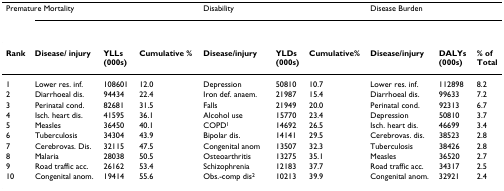
<table><thead><tr><td colspan="4"><b>Premature Mortality</b></td><td colspan="3"><b>Disability</b></td><td colspan="3"><b>Disease Burden</b></td></tr></thead><tbody><tr><td><b>Rank</b></td><td><b>Disease/ injury</b></td><td><b>YLLs (000s)</b></td><td><b>Cumulative %</b></td><td><b>Disease/injury</b></td><td><b>YLDs (000s)</b></td><td><b>Cumulative%</b></td><td><b>Disease/injury</b></td><td><b>DALYs (000s)</b></td><td><b>% of Total</b></td></tr><tr><td>1</td><td>Lower res. inf.</td><td>108601</td><td>12.0</td><td>Depression</td><td>50810</td><td>10.7</td><td>Lower res. inf.</td><td>112898</td><td>8.2</td></tr><tr><td>2</td><td>Diarrhoeal dis.</td><td>94434</td><td>22.4</td><td>Iron def. anaem.</td><td>21987</td><td>15.4</td><td>Diarrhoeal dis.</td><td>99633</td><td>7.2</td></tr><tr><td>3</td><td>Perinatal cond.</td><td>82681</td><td>31.5</td><td>Falls</td><td>21949</td><td>20.0</td><td>Perinatal cond.</td><td>92313</td><td>6.7</td></tr><tr><td>4</td><td>Isch. heart dis.</td><td>41595</td><td>36.1</td><td>Alcohol use</td><td>15770</td><td>23.4</td><td>Depression</td><td>50810</td><td>3.7</td></tr><tr><td>5</td><td>Measles</td><td>36450</td><td>40.1</td><td>COPD<sup>1</sup></td><td>14692</td><td>26.5</td><td>Isch. heart dis.</td><td>46699</td><td>3.4</td></tr><tr><td>6</td><td>Tuberculosis</td><td>34304</td><td>43.9</td><td>Bipolar dis.</td><td>14141</td><td>29.5</td><td>Cerebrovas. dis.</td><td>38523</td><td>2.8</td></tr><tr><td>7</td><td>Cerebrovas. Dis.</td><td>32115</td><td>47.5</td><td>Congenital anom</td><td>13507</td><td>32.3</td><td>Tuberculosis</td><td>38426</td><td>2.8</td></tr><tr><td>8</td><td>Malaria</td><td>28038</td><td>50.5</td><td>Osteoarthritis</td><td>13275</td><td>35.1</td><td>Measles</td><td>36520</td><td>2.7</td></tr><tr><td>9</td><td>Road traffic acc.</td><td>26162</td><td>53.4</td><td>Schizophrenia</td><td>12183</td><td>37.7</td><td>Road traffic acc.</td><td>34317</td><td>2.5</td></tr><tr><td>10</td><td>Congenital anom.</td><td>19414</td><td>55.6</td><td>Obs.-comp dis<sup>2</sup></td><td>10213</td><td>39.9</td><td>Congenital anom.</td><td>32921</td><td>2.4</td></tr></tbody></table>